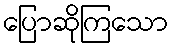
ပြောဆိုကြသော